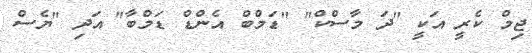
ޖިމް ކެރީ އަކީ "ދަ މާސްކް" "ޑަމްބް އެންޑް ޑަމްބާ" އަދި "ޔެސް